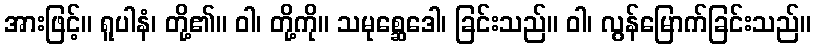
အားဖြင့်။ ရူပါနံ၊ တို့၏။ ဝါ၊ တို့ကို။ သမုစ္ဆေဒေါ၊ ခြင်းသည်။ ဝါ၊ လွန်မြောက်ခြင်းသည်။